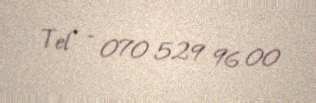
Tel - 070 529 96 00